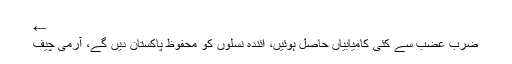
←
ضرب عضب سے کئی کامیابیاں حاصل ہوئیں، آئندہ نسلوں کو محفوظ پاکستان دیں گے، آرمی چیف